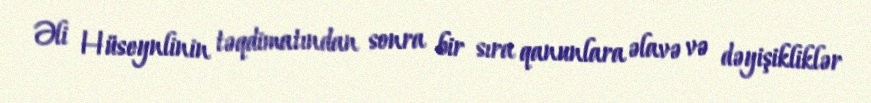
Əli Hüseynlinin təqdimatından sonra bir sıra qanunlara əlavə və dəyişikliklər